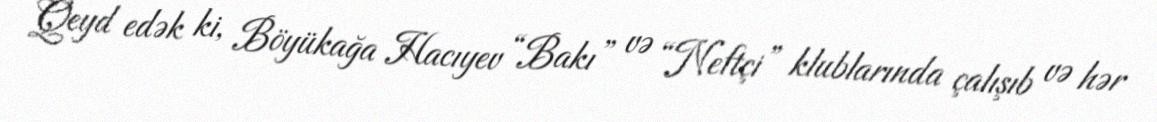
Qeyd edək ki, Böyükağa Hacıyev “Bakı” və “Neftçi” klublarında çalışıb və hər